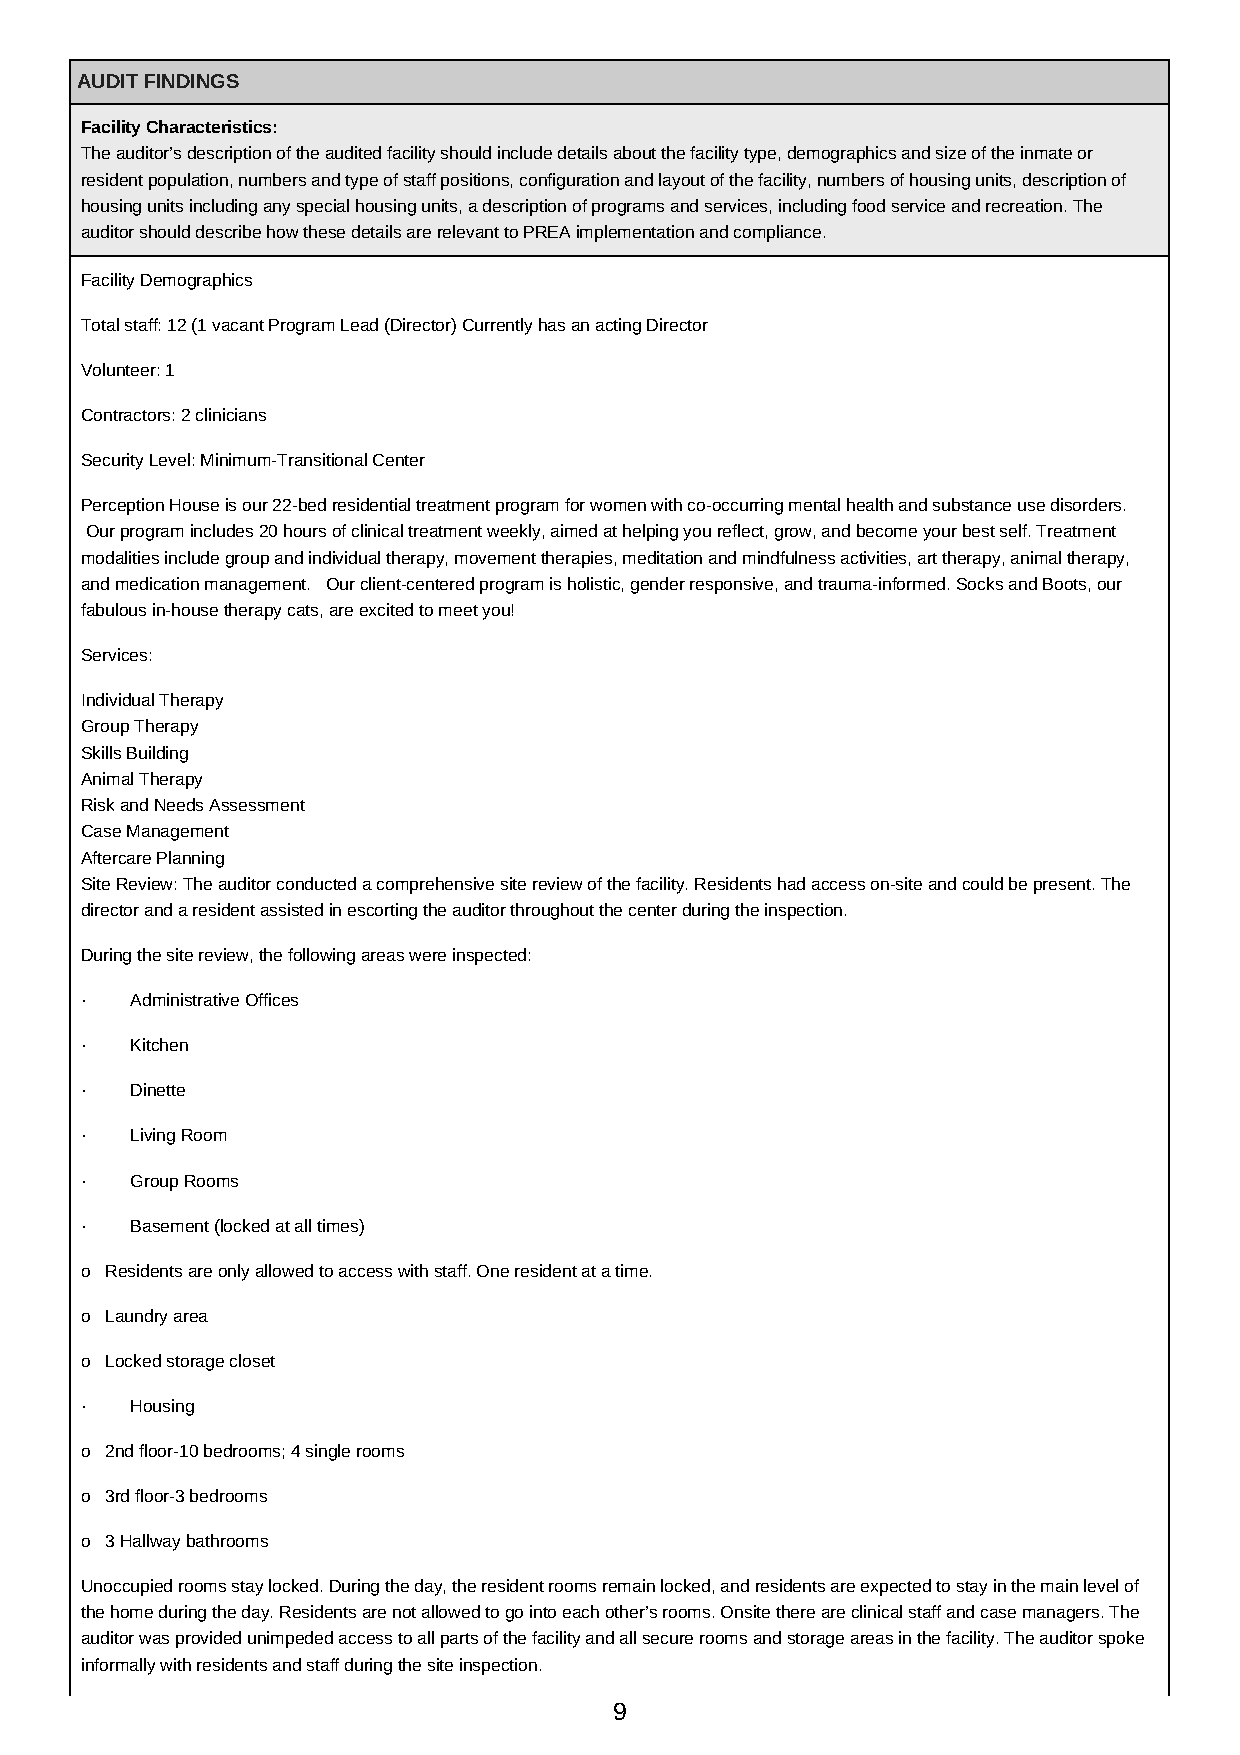
AUDIT FINDINGS
 Facility Characteristics:
 The auditor’s description of the audited facility should include details about the facility type, demographics and size of the inmate or
 resident population, numbers and type of staff positions, configuration and layout of the facility, numbers of housing units, description of
 housing units including any special housing units, a description of programs and services, including food service and recreation. The
 auditor should describe how these details are relevant to PREA implementation and compliance.
 Facility Demographics
 Total staff: 12 (1 vacant Program Lead (Director) Currently has an acting Director
 Volunteer: 1
 Contractors: 2 clinicians
 Security Level: Minimum-Transitional Center
 Perception House is our 22-bed residential treatment program for women with co-occurring mental health and substance use disorders.
 Our program includes 20 hours of clinical treatment weekly, aimed at helping you reflect, grow, and become your best self. Treatment
 modalities include group and individual therapy, movement therapies, meditation and mindfulness activities, art therapy, animal therapy,
 and medication management. Our client-centered program is holistic, gender responsive, and trauma-informed. Socks and Boots, our
 fabulous in-house therapy cats, are excited to meet you!
 Services:
 Individual Therapy
 Group Therapy
 Skills Building
 Animal Therapy
 Risk and Needs Assessment
 Case Management
 Aftercare Planning
 Site Review: The auditor conducted a comprehensive site review of the facility. Residents had access on-site and could be present. The
 director and a resident assisted in escorting the auditor throughout the center during the inspection.
 During the site review, the following areas were inspected:
 ·   Administrative Offices
 ·   Kitchen
 ·   Dinette
 ·   Living Room
 ·   Group Rooms
 ·   Basement (locked at all times)
 o Residents are only allowed to access with staff. One resident at a time.
 o Laundry area
 o Locked storage closet
 ·   Housing
 o 2nd floor-10 bedrooms; 4 single rooms
 o 3rd floor-3 bedrooms
 o 3 Hallway bathrooms
 Unoccupied rooms stay locked. During the day, the resident rooms remain locked, and residents are expected to stay in the main level of
 the home during the day. Residents are not allowed to go into each other’s rooms. Onsite there are clinical staff and case managers. The
 auditor was provided unimpeded access to all parts of the facility and all secure rooms and storage areas in the facility. The auditor spoke
 informally with residents and staff during the site inspection.
 9